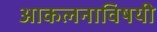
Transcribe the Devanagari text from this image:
आकलनाविषयी